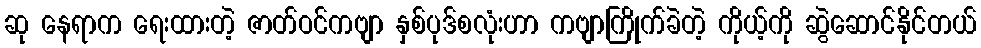
ဆု နေရာက ရေးထားတဲ့ ဇာတ်ဝင်ကဗျာ နှစ်ပုဒ်စလုံးဟာ ကဗျာကြိုက်ခဲတဲ့ ကိုယ့်ကို ဆွဲဆောင်နိုင်တယ်